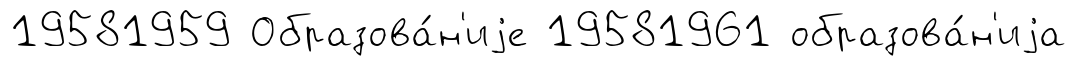
19581959 Образова́н'иjе 19581961 образова́н'иjа